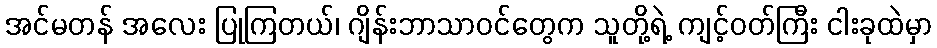
အင်မတန် အလေး ပြုကြတယ်၊ ဂျိန်းဘာသာဝင်တွေက သူတို့ရဲ့ ကျင့်ဝတ်ကြီး ငါးခုထဲမှာ